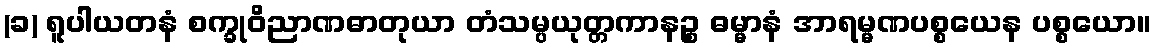
(ခ) ရူပါယတနံ စက္ခုဝိညာဏဓာတုယာ တံသမ္ပယုတ္တကာနဉ္စ ဓမ္မာနံ အာရမ္မဏပစ္စယေန ပစ္စယော။